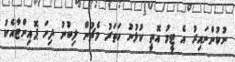
ނުކުންނައިރު އެ ޓީމު އޮތީ ކުޅުނު ހަތަރު މެޗުން ލިބުނު ދިހަ ޕޮއިންޓާއެކު